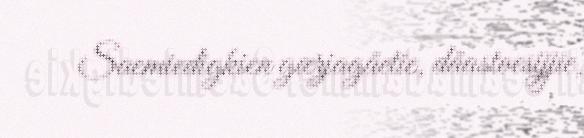
Saemiedigkien gærjagåetie, dåastoesijjie,